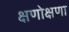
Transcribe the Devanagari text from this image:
क्षणोक्षणा